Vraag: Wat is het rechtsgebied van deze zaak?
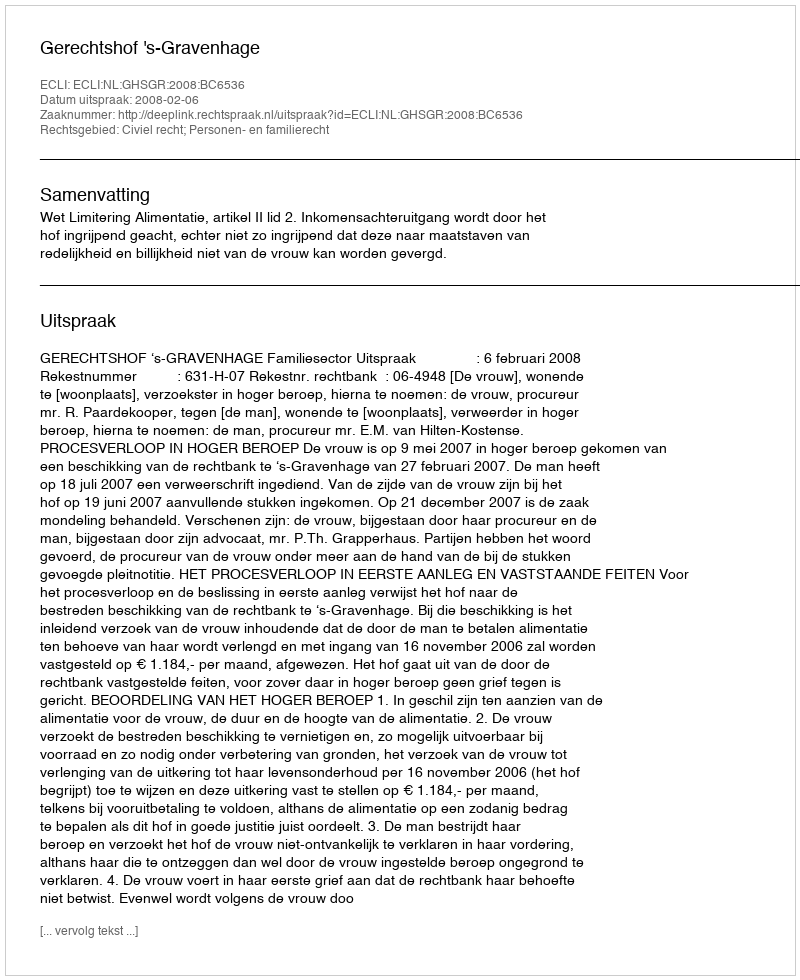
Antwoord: Civiel recht; Personen- en familierecht